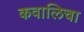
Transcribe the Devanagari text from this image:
कवालिचा